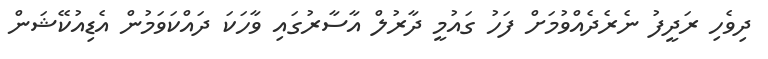
ދިވެހި ރަދީފު ނެރެދެއްވުމަށް ފަހު ގައުމީ ދާރުލް އާސާރުގައި ވާހަކަ ދައްކަވަމުން އެޑިއުކޭޝަން